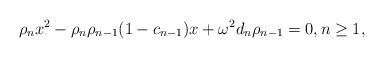
LaTeX: \begin{align*}\rho_n x^2-\rho_{n}\rho_{n-1}(1-c_{n-1})x+\omega^2d_n\rho_{n-1}=0, n\geq 1,\end{align*}